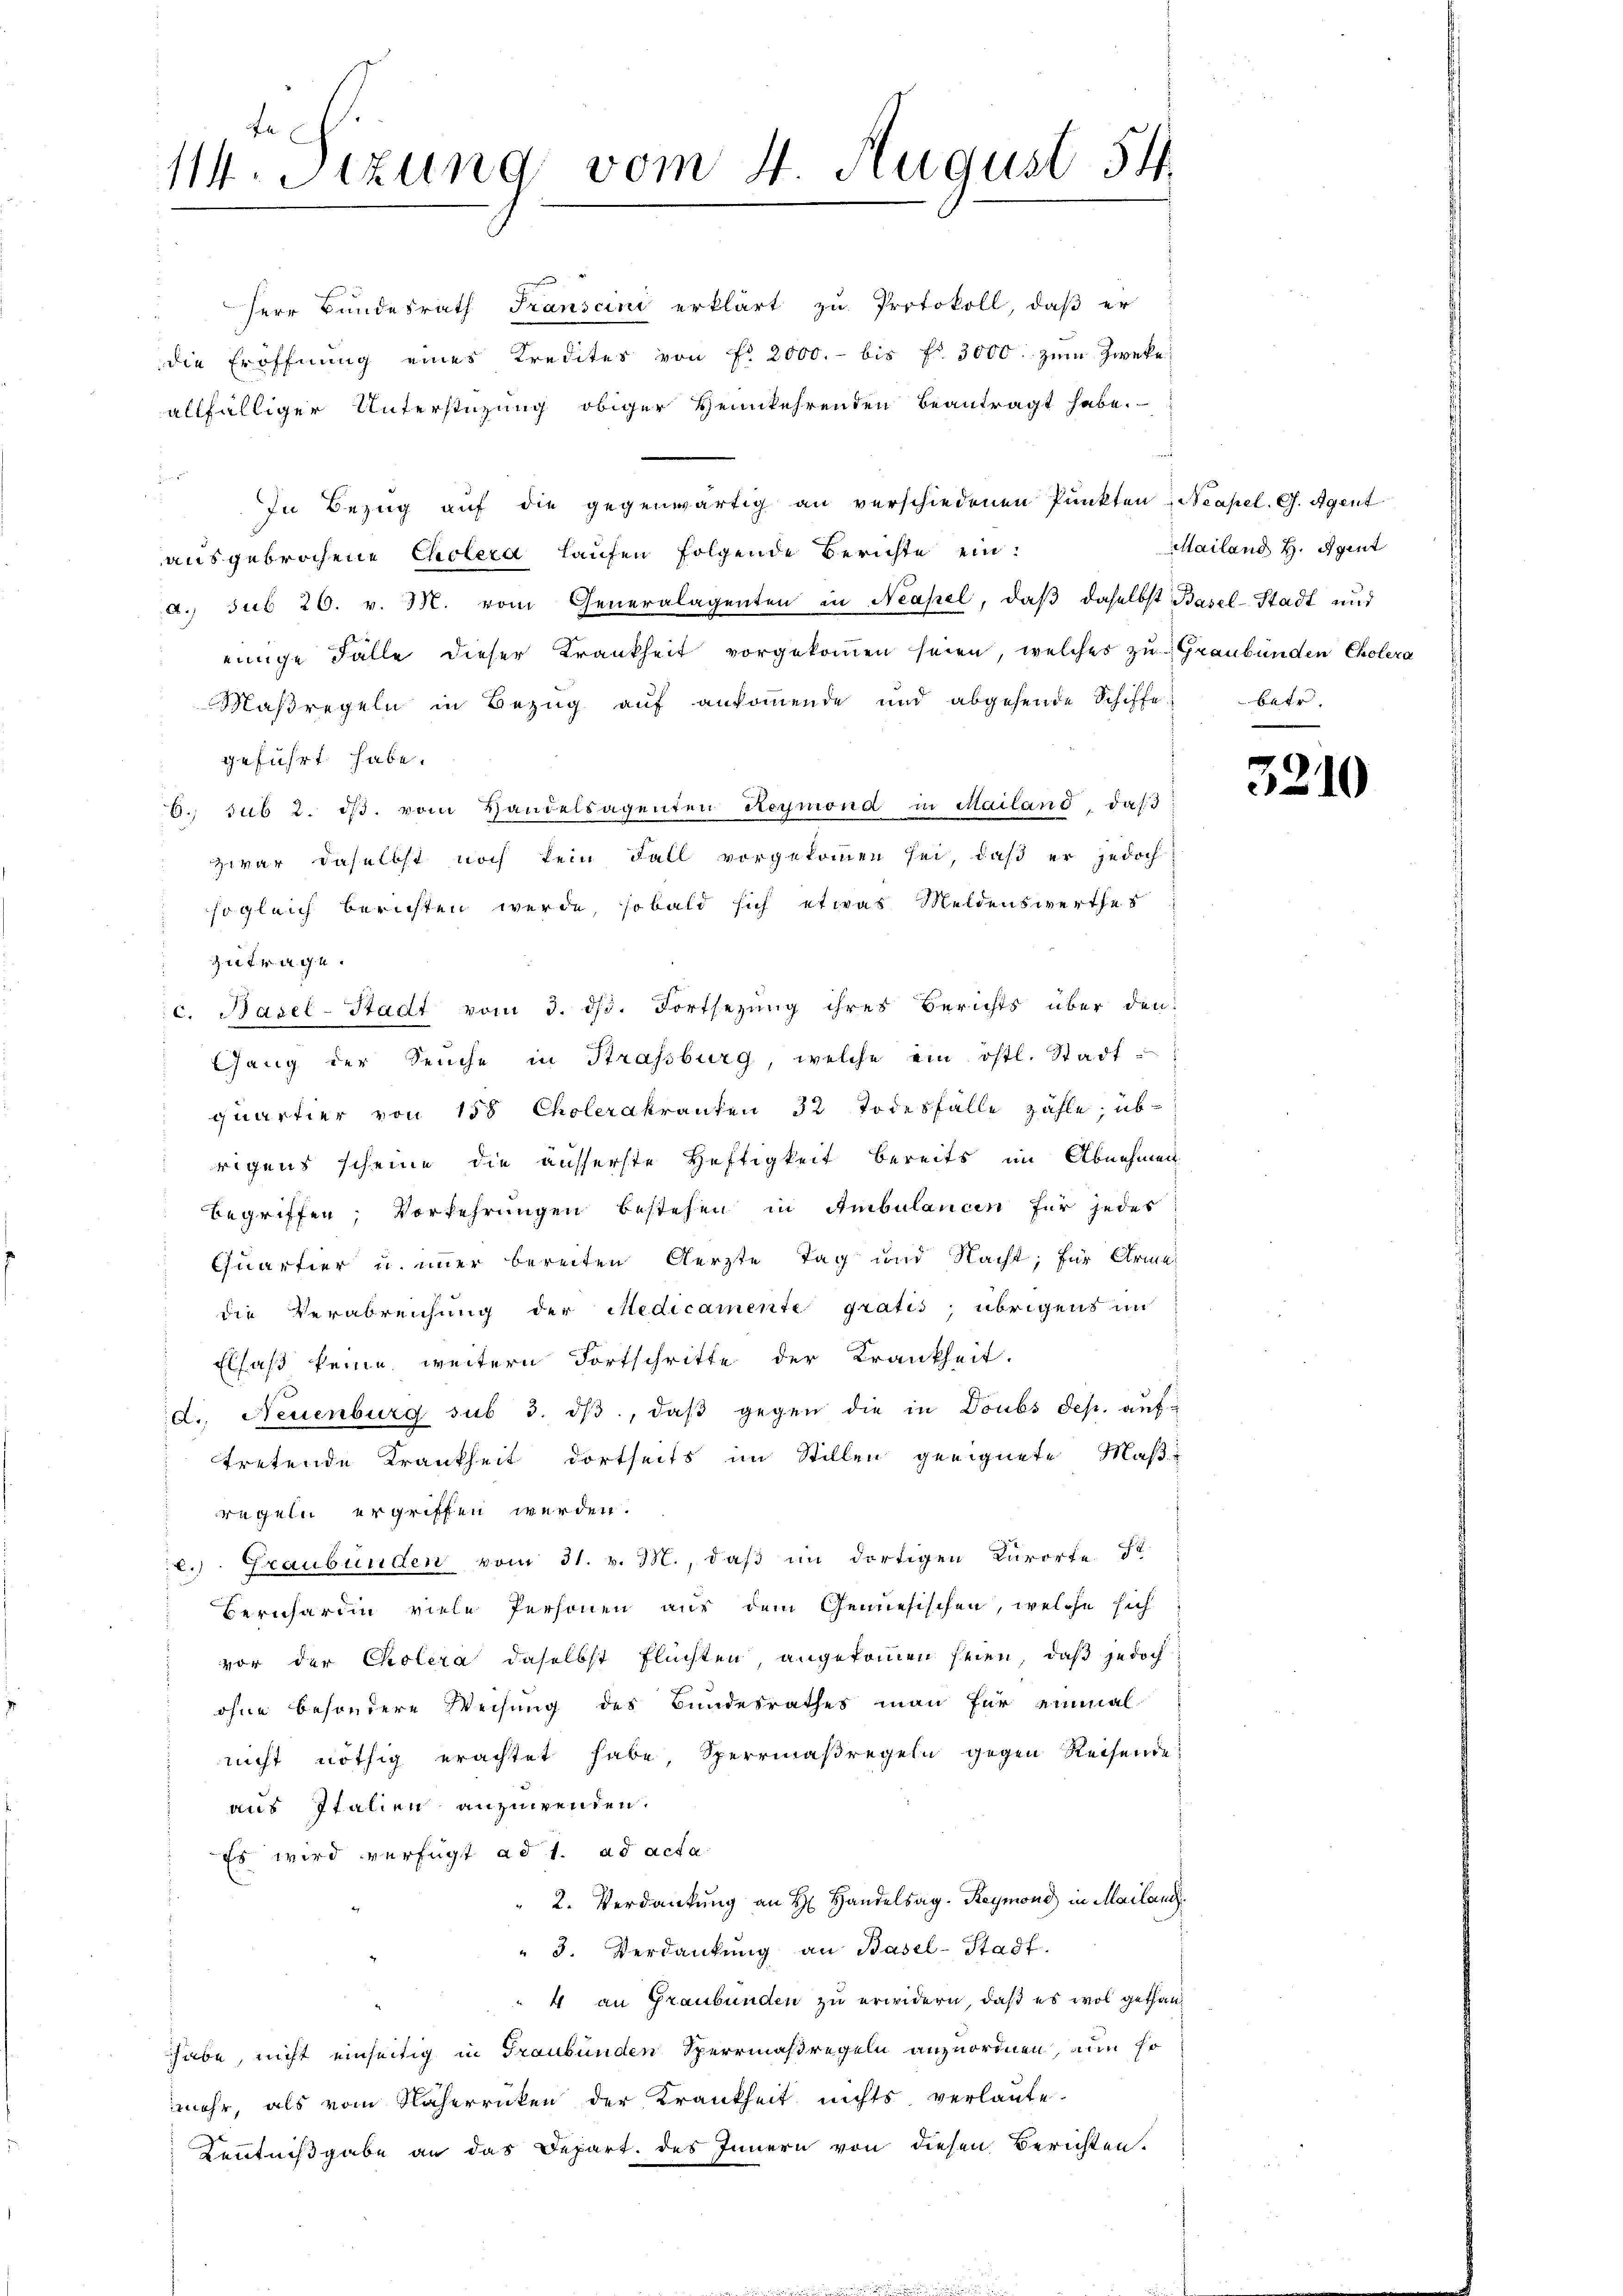
te
114. Sizung vom 4. August 54.

Herr Bundesrath Transcini erklärt zu Protokoll, daβ er
die Eröffnŭng eines Kredites von Fr. 2000.- bis fl. 3000 zum Zwecke,
altfälliger Unterstüzung obiger Heimkehrenden beantragt habe.
In Bezug auf die gegenwärtig an verschiedenen Punkten Neapel. G. Agent
ausgebrochene Cholera laufen folgende Berichte eind. sub 26. v. M. vom Generalagenten in Neapel, daß daselbst Basel-Stadt und
einige Fälle dieser Krankheit vorgekommen seien, welches zu Graubünden Cholera
Maßregeln in Bezug auf ankommende und abgehende Schiffe
geführt habe.
6. sub 2. dβ vom Handelsagenten Heymond in Mailand, daβ
zwar daselbst noch kein Fall vorgekommen sei, daß er jedoch
sogleich berichten werde, sobald sich etwas Meldenswerthes
zi tragu
c. Basel-Stadt vom 3. ds. Fortsezung ihres Berichts über den
Gang der Seuche in Strassburg, welche ein östl. Stadt
quartier von 158 Cholerakranten 32 Todesfälle zahle; übrigens scheine die äusserste Heftigkeit bereits im Abnehmen
begriffen; Vorkehrungen bestehen in Ambulancen für jedes
Quartier u. immer bereiten Aerzte Tag und Nacht; für Arme
die Verabreichung der Medicamente gratis, übrigens im
Elsaß keine weitern Fortschritte der Krankheit.
d. Neuenburg sub 3. dβ, daβ gegen die in Doubs Sep. auf-
tretende Krankheit dortseits im Stillen geeignete Maße
regeln ergriffen werden.
c. Graubünden vom 31. v. M., daß im dortigen Kurorte St
Bernhartin viele Personen aus dem Geniesischen, welche sich
vor der Cholera daselbst Flüchten, angekommen seien, daß jedoch
ohne besondere Weisung des Bundesrathes man für einmal
nicht nöthig erachtet habe, Sperrmaßregeln gegen Reisende
aus Italien anzuwenden.
Es wird verfügt ad 1. ad acta
2. Verdankung an H. Handelsag. Reymond in Mailand
" 3. Verdankung an Basel-Stadt.
4 an Graubünden zu erwidern, daß es wol gethanhabe, nicht einseitig in Graubünden Sperrmaßregeln anzuordnen, nun so
mehr, als vom Näherrücken der Krankheit nichts verlaute-
Kenntnißgabe an das Depart. des Innern von diesen Berichten.

Mailand H. Agent
betr.

3210